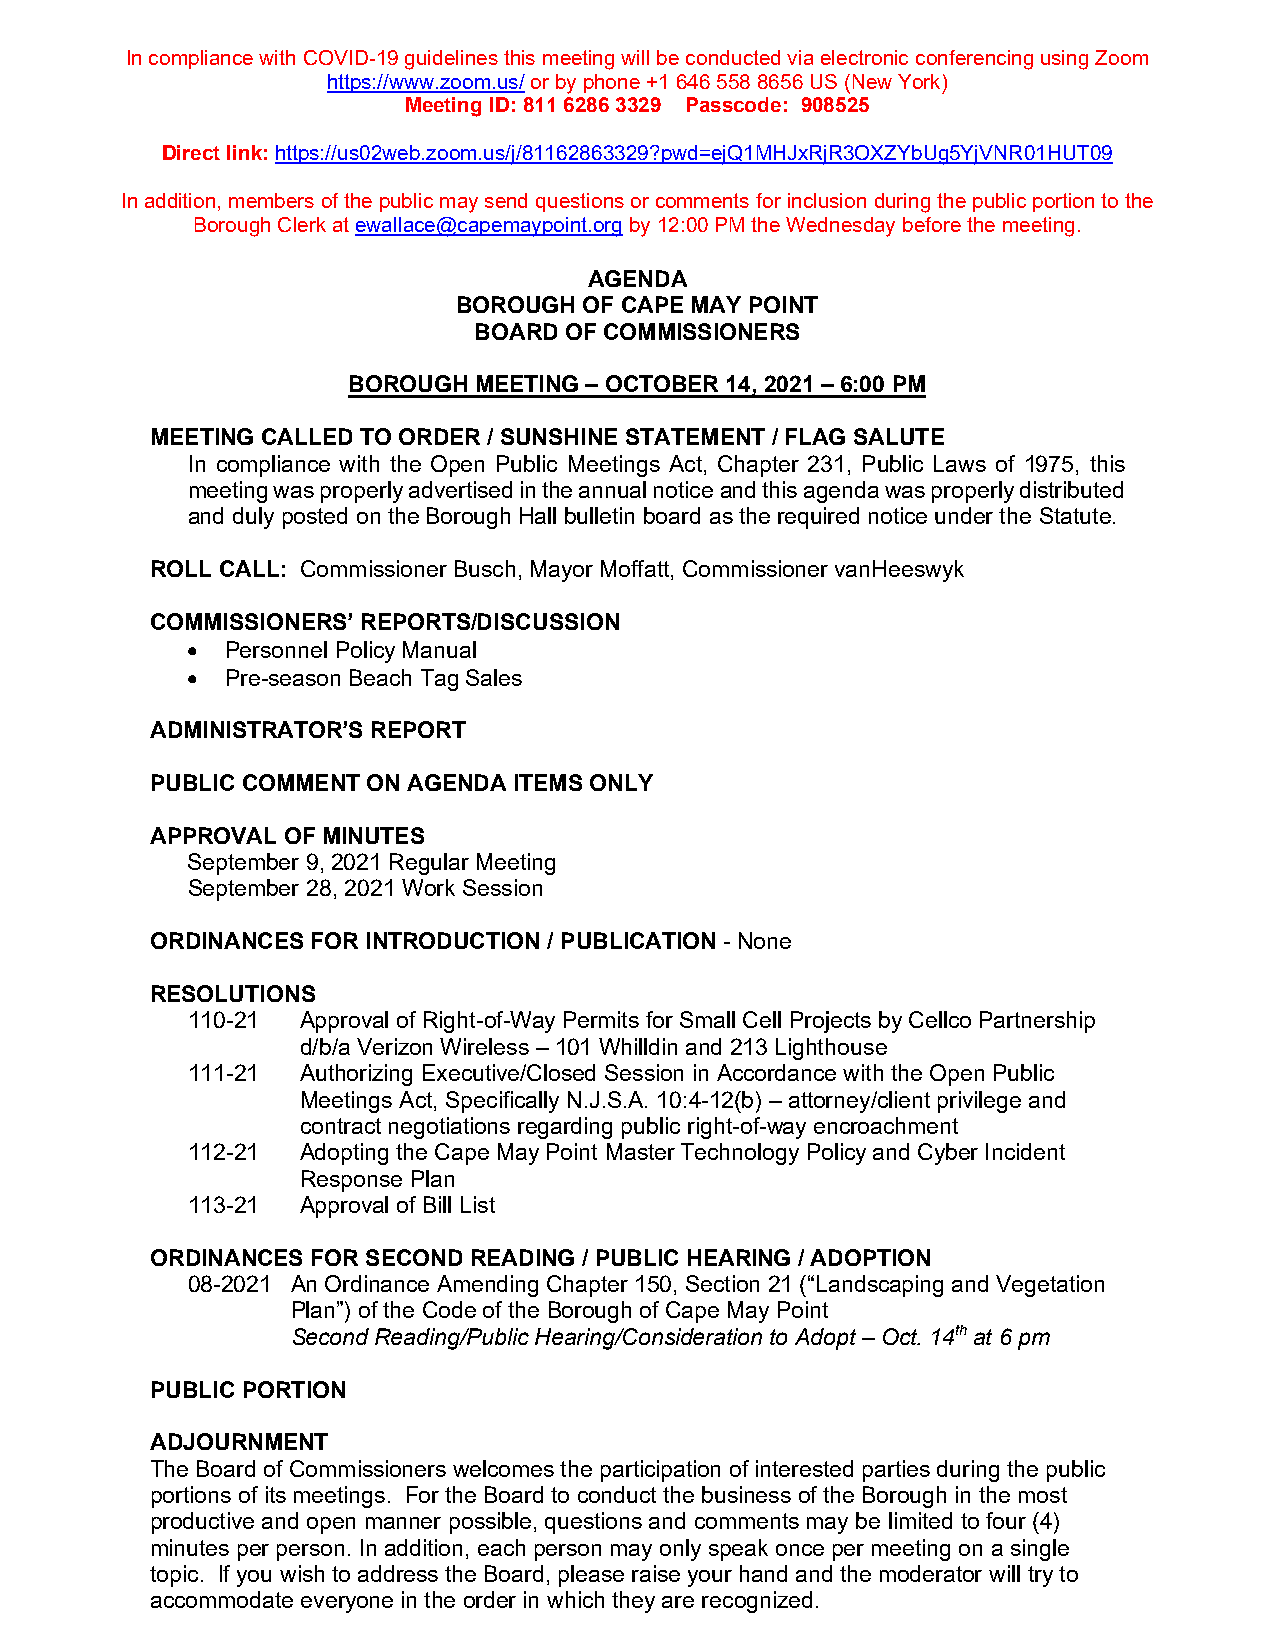
In compliance with COVID-19 guidelines this meeting will be conducted via electronic conferencing using Zoom
 https://www.zoom.us/ or by phone +1 646 558 8656 US (New York)
 Meeting ID: 811 6286 3329 Passcode: 908525
 Direct link: https://us02web.zoom.us/j/81162863329?pwd=ejQ1MHJxRjR3OXZYbUg5YjVNR01HUT09
 In addition, members of the public may send questions or comments for inclusion during the public portion to the
 Borough Clerk at ewallace@capemaypoint.org by 12:00 PM the Wednesday before the meeting.
 AGENDA
 BOROUGH  OF CAPE MAY POINT
 BOARD OF COMMISSIONERS
 BOROUGH MEETING – OCTOBER 14, 2021 – 6:00 PM
 MEETING CALLED TO ORDER / SUNSHINE STATEMENT / FLAG SALUTE
 In compliance with the Open Public Meetings Act, Chapter 231, Public Laws of 1975, this
 meeting was properly advertised in the annual notice and this agenda was properly distributed
 and duly posted on the Borough Hall bulletin board as the required notice under the Statute.
 ROLL CALL: Commissioner Busch, Mayor Moffatt, Commissioner vanHeeswyk
 COMMISSIONERS’ REPORTS/DISCUSSION
 •  Personnel Policy Manual
 •  Pre-season Beach Tag Sales
 ADMINISTRATOR’S REPORT
 PUBLIC COMMENT ON AGENDA ITEMS ONLY
 APPROVAL OF MINUTES
 September 9, 2021 Regular Meeting
 September 28, 2021 Work Session
 ORDINANCES FOR INTRODUCTION / PUBLICATION - None
 RESOLUTIONS
 110-21  Approval of Right-of-Way Permits for Small Cell Projects by Cellco Partnership
 d/b/a Verizon Wireless – 101 Whilldin and 213 Lighthouse
 111-21  Authorizing Executive/Closed Session in Accordance with the Open Public
 Meetings Act, Specifically N.J.S.A. 10:4-12(b) – attorney/client privilege and
 contract negotiations regarding public right-of-way encroachment
 112-21  Adopting the Cape May Point Master Technology Policy and Cyber Incident
 Response Plan
 113-21  Approval of Bill List
 ORDINANCES FOR SECOND READING / PUBLIC HEARING / ADOPTION
 08-2021 An Ordinance Amending Chapter 150, Section 21 (“Landscaping and Vegetation
 Plan”) of the Code of the Borough of Cape May Point
 Second Reading/Public Hearing/Consideration to Adopt – Oct. 14th at 6 pm
 PUBLIC PORTION
 ADJOURNMENT
 The Board of Commissioners welcomes the participation of interested parties during the public
 portions of its meetings. For the Board to conduct the business of the Borough in the most
 productive and open manner possible, questions and comments may be limited to four (4)
 minutes per person. In addition, each person may only speak once per meeting on a single
 topic. If you wish to address the Board, please raise your hand and the moderator will try to
 accommodate everyone in the order in which they are recognized.